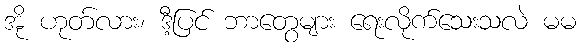
အို ဟုတ်လား၊ ဒီ့ပြင် ဘာတွေများ ရေးလိုက်သေးသလဲ မမ